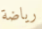
رياضة